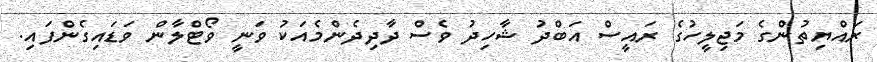
ރައްޔިތުންގެ މަޖިލީހުގެ ރައީސް އަބްދު ޝާހިދު ވެސް ދާދިދެންމެއަކު ވަނީ ވޯޓްލާން ވަޑައިގެންފައި.